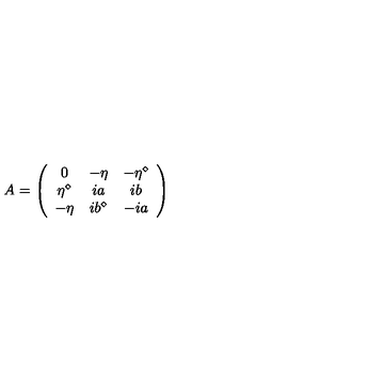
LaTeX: A = \left( \begin{array} { c c c } { 0 } & { - \eta } & { - \eta ^ { \diamond } } \\ { \eta ^ { \diamond } } & { i a } & { i b } \\ { - \eta } & { i b ^ { \diamond } } & { - i a } \\ \end{array} \right)